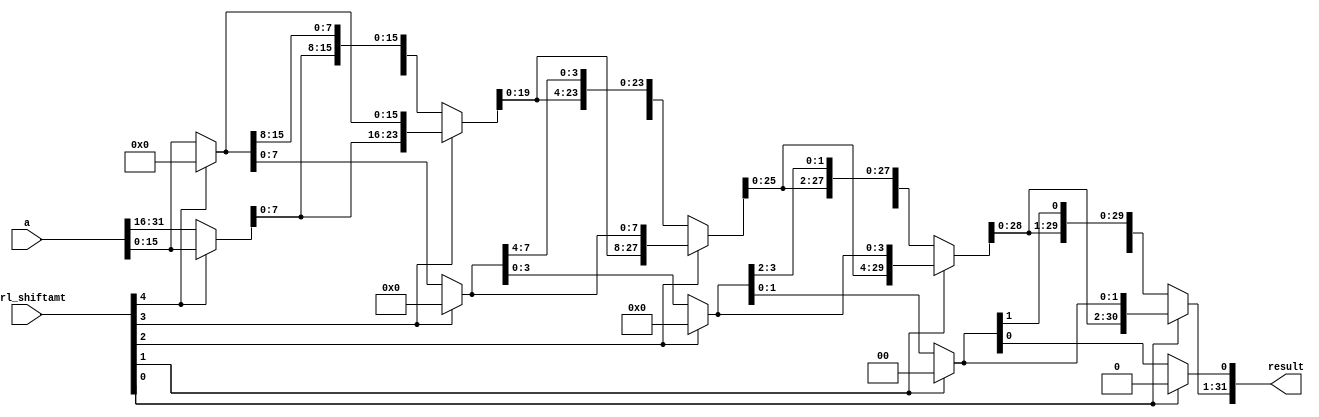
module sll(a,ctrl_shiftamt,result);
   input [31:0] a;
   input [4:0] ctrl_shiftamt;
   output [31:0] result;
   wire [31:0] r1,r2,r3,r4;
   wire [31:0] z;
	
   assign z = 32'h00000000;

   assign r1[31:16] = ctrl_shiftamt[4]? a[15:0]:a[31:16];
   assign r1[15:0] = ctrl_shiftamt[4]? z[15:0]:a[15:0];
	
   assign r2[31:8] = ctrl_shiftamt[3]? r1[23:0]:r1[31:8];
   assign r2[7:0] = ctrl_shiftamt[3]? z[7:0]:r1[7:0];
	
   assign r3[31:4] = ctrl_shiftamt[2]? r2[27:0]:r2[31:4];
   assign r3[3:0] = ctrl_shiftamt[2]? z[3:0]:r2[3:0];
	
   assign r4[31:2] = ctrl_shiftamt[1]? r3[29:0]:r3[31:2];
   assign r4[1:0] = ctrl_shiftamt[1]? z[1:0]:r3[1:0];
	
   assign result[31:1] = ctrl_shiftamt[0]? r4[30:0]:r4[31:1];
   assign result[0] = ctrl_shiftamt[0]? z[0]:r4[0];
	
endmodule